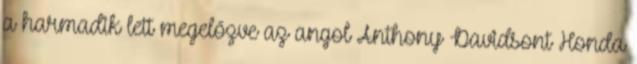
a harmadik lett megelőzve az angol Anthony Davidsont Honda